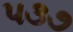
૫૩૭